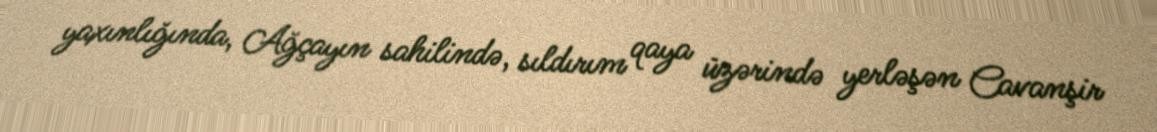
yaxınlığında, Ağçayın sahilində, sıldırım qaya üzərində yerləşən Cavanşir